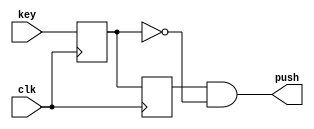
`timescale 1ns / 1ps

//============= PUSH KEY ===================

module push_key
(
    input clk,
    input key,
    output push
);

reg key_sync, key_prev;

always @(posedge clk)
begin
    key_sync <= key;
    key_prev <= key_sync;
end

assign push = key_prev & ~key_sync;

endmodule


//=============== NUM2SEQ ==================

module num2seq 
(
    input [3:0] num,
    output [6:0] seq
);

assign seq =    num == 4'h0  ? 7'b1000000 :
                num == 4'h1  ? 7'b1111001 :
                num == 4'h2  ? 7'b0101011 :
                num == 4'h3  ? 7'b0110000 :
                num == 4'h4  ? 7'b0011001 :
                num == 4'h5  ? 7'b0010010 :
                num == 4'h6  ? 7'b0000010 :
                num == 4'h7  ? 7'b1111000 :
                num == 4'h8  ? 7'b0000000 :
                num == 4'h9  ? 7'b0010000 :
                num == 4'ha ? 7'b0001000 :
                num == 4'hb ? 7'b0000011 :
                num == 4'hc ? 7'b1000110 :
                num == 4'hd ? 7'b0100001 :
                num == 4'he ? 7'b0000110 : 7'b0001110;


endmodule

//============== COUNTER ==================

module TASK1 
(
    input  clk,
    input  key1, 
    input  key2, 
    input  key3,
    output [6:0] seq
);

//Key push logic
wire key_push1;
wire key_push2;
wire key_push3;

//reg megapush;

//Counter
reg [3:0] counterm;

push_key push_key_in1(
    .clk(clk),
    .key(key1),
    .push(key_push1)
);

push_key push_key_in2(
    .clk(clk),
    .key(key2),
    .push(key_push2)
);

push_key push_key_in3(
    .clk(clk),
    .key(key3),
    .push(key_push3)
);


num2seq num2seq_in(
    .num(counterm),
    .seq(seq)
);

always @(posedge clk)
begin

//if (key_push1) megapush <= 1'b1;
//else megapush <= 1'b0;

if (key_push1) counterm <= 4'h0;
else if (key_push2 & key1) counterm <= counterm + 4'h1;
else if (key_push3 & key1) counterm <= counterm - 4'h1;


end

endmodule